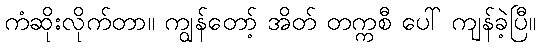
ကံဆိုးလိုက်တာ။ ကျွန်တော့် အိတ် တက္ကစီ ပေါ် ကျန်ခဲ့ပြီ။